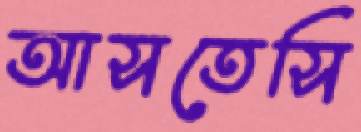
আসতেসি